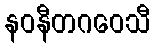
နဝနီတဂဝေသီ